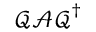
\boldsymbol { \mathcal { Q } } \boldsymbol { \mathcal { A } } \boldsymbol { \mathcal { Q } } ^ { \dagger }